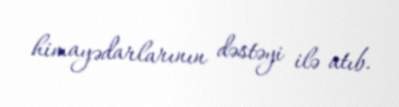
himayədarlarının dəstəyi ilə atıb.